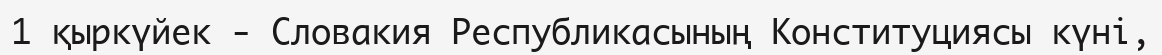
1 қыркүйек - Словакия Республикасының Конституциясы күні,